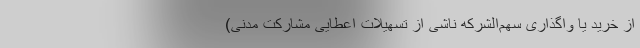
از خرید یا واگذاری سهم‌الشرکه ناشی از تسهیلات اعطایی مشارکت مدنی)